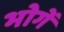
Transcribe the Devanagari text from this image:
भोगें